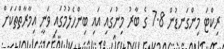
ރިކްޓަ މިންގަނޑުން 7.8 ގެ ބާރު މިނުގައި އައި ބިންހެލުމުގައި ވަނީ އިމާރާތްތަކަށް